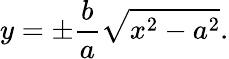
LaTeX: y=\pm{\frac{b}{a}}{\sqrt{x^{2}-a^{2}}}.